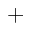
^ +